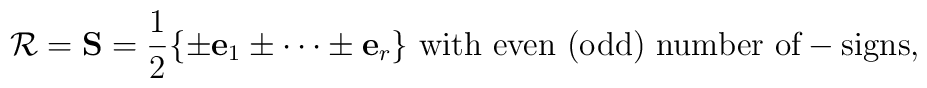
{\cal R}={\bf S}={1\over2}\{\pm{\bf e}_1\pm \cdots\pm{\bf e}_r\}\  \mbox{with even (odd) number of} -\mbox{signs},